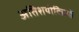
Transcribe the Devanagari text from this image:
अतिशयोक्तियों